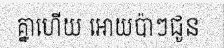
គ្នាហើយ អោយប៉ាៗជូន